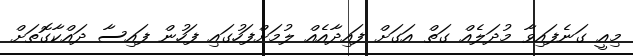
މިއީ ގަނެފައިވާ މުދަލެއް ގަތް އަގަށް ފައިދާއެއް ލުމަށްފަހުގައި ފަހުން ފައިސާ ދައްކާގޮތަށް